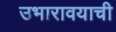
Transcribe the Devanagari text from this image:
उभारावयाची